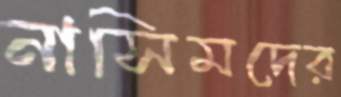
নাসিমদের